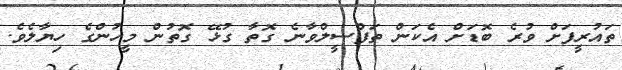
ތައުރީފަށް ވުރެ ބޮޑަށް އެކަން ތަފްސީލްވާނެ ގޮތާ ގުޅޭ ގޮތުން މީހުންގެ ހިޔާލެވެ.